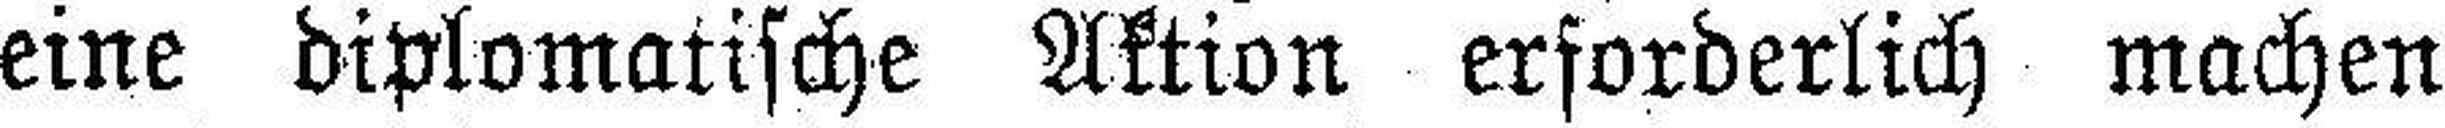
eine diplomatische Aktion erforderlich machen